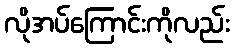
လိုအပ်ကြောင်းကိုလည်း